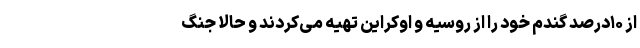
از ۱۰درصد گندم خود را از روسیه و اوکراین تهیه می‌کردند و حالا جنگ